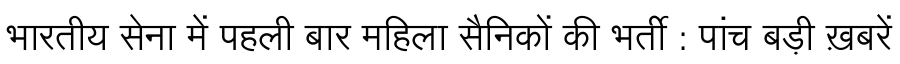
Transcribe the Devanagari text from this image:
भारतीय सेना में पहली बार महिला सैनिकों की भर्ती : पांच बड़ी ख़बरें